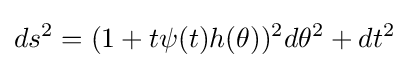
\displaystyle ds^{2}=(1+t\psi (t)h(\theta ))^{2}d\theta ^{2}+dt^{2}